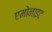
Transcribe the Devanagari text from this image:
एमोनाइट